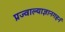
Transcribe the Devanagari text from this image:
प्रज्वाल्याज्ञानगहनं